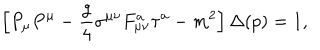
\left[ P _ { \mu } P ^ { \mu } - { \frac { g } { 4 } } \sigma ^ { \mu \nu } F _ { \mu \nu } ^ { a } \tau ^ { a } - m ^ { 2 } \right] \Delta ( p ) = 1 ,